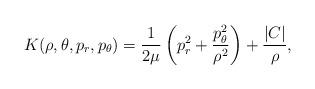
LaTeX: \begin{align*}K(\rho,\theta,p_r,p_\theta)=\frac{1}{2\mu}\left(p_r^2+\frac{p_\theta^2}{\rho^2}\right)+ \frac{\vert C \vert}{\rho},\end{align*}